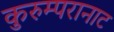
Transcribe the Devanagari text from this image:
कुरुम्परानाट